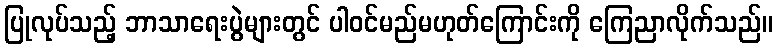
ပြုလုပ်သည့် ဘာသာရေးပွဲများတွင် ပါဝင်မည်မဟုတ်ကြောင်းကို ကြေညာလိုက်သည်။